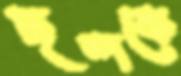
ছন্দকে